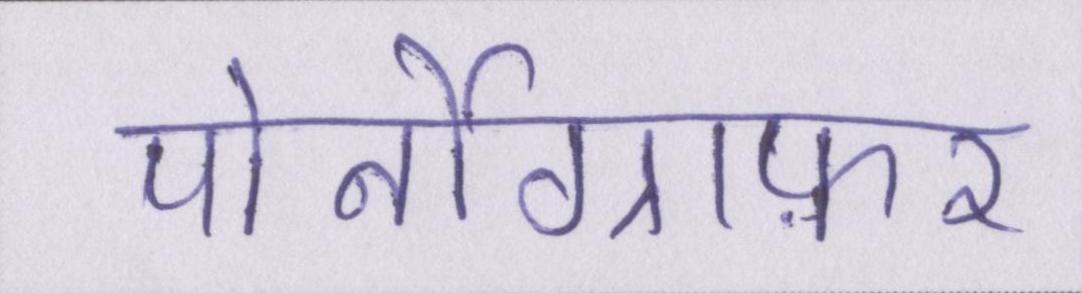
पोर्नोग्राफ़र